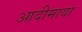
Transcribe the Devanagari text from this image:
आदीमाया